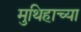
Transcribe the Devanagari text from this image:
मुथिहाच्या